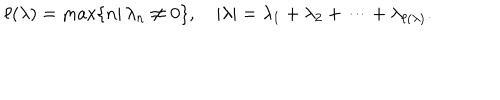
\ell ( \lambda ) = \max \{ n | \, \lambda _ { n } \neq 0 \} , \quad | \lambda | = \lambda _ { 1 } + \lambda _ { 2 } + \cdots + \lambda _ { \ell ( \lambda ) } .